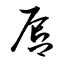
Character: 唇